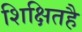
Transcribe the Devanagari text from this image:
शिक्षितहै